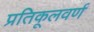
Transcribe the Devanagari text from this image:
प्रतिकूलवर्ण